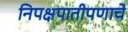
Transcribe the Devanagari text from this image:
निपक्षपातीपणाचे